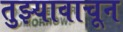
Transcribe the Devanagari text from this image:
तुझ्यावाचून